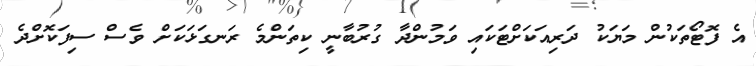
އެ ފޮޓޯތަކުން މަޔަކު ދަރިއަކަށްޓަކައި ވަމުންދާ ގުރުބާނީ ކިތަންމެ ރަނގަޅަކަށް ވެސް ސިފަކޮށްދެ